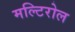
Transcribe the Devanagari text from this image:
मल्टिरोल